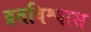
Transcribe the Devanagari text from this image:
व्रतविश्वास